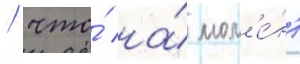
/ что́ на́ мом'е́нт